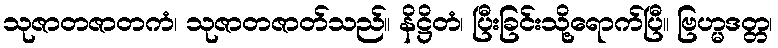
သုဇာတဇာတကံ၊ သုဇာတဇာတ်သည်။ နိဋ္ဌိတံ၊ ပြီးခြင်းသို့ရောက်ပြီ။ ဗြဟ္မဒတ္တ၊